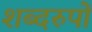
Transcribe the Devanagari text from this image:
शब्दरुपों